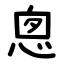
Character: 悤